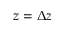
z = \Delta z